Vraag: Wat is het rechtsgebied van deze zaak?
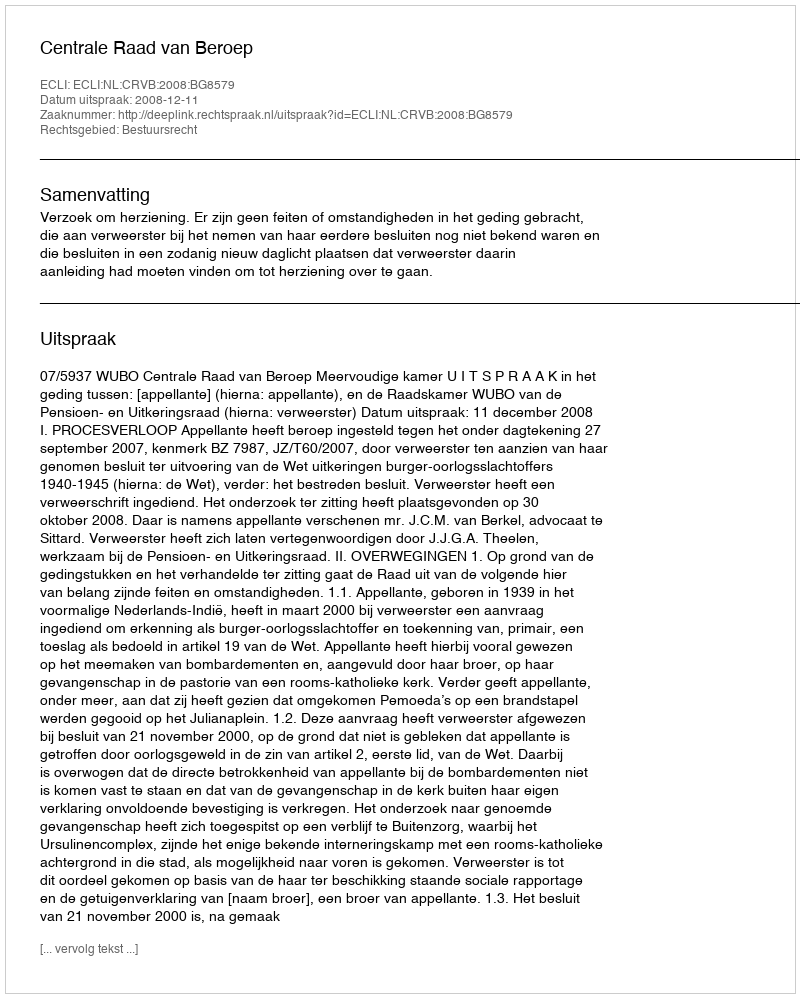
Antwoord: Bestuursrecht